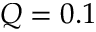
Q = 0 . 1